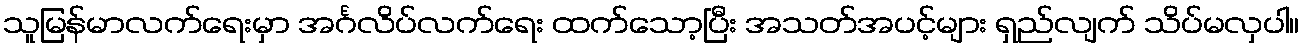
သူမြန်မာလက်ရေးမှာ အင်္ဂလိပ်လက်ရေး ထက်သော့ပြီး အသတ်အပင့်များ ရှည်လျက် သိပ်မလှပါ။